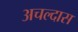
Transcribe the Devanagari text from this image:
अचल्दास